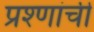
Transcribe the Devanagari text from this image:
प्रश्णांची